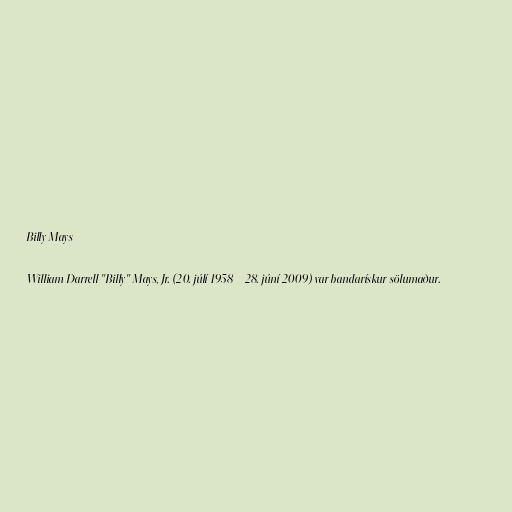
Billy Mays

William Darrell "Billy" Mays, Jr. (20. júlí 1958 – 28. júní 2009) var bandarískur sölumaður.